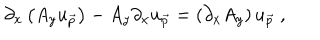
\partial _ { x } \left( A _ { y } u _ { \vec { p } } \right) - A _ { y } \partial _ { x } u _ { \vec { p } } = \left( \partial _ { x } A _ { y } \right) u _ { \vec { p } } ~ ,